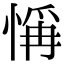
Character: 𢜻